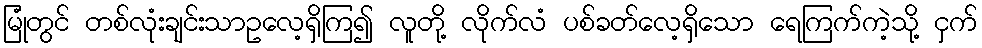
မြုံတွင် တစ်လုံးချင်းသာဥလေ့ရှိကြ၍ လူတို့ လိုက်လံ ပစ်ခတ်လေ့ရှိသော ရေကြက်ကဲ့သို့ ငှက်